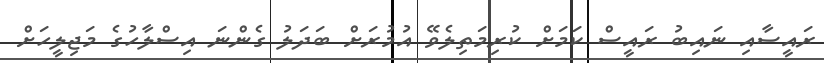
ރައީސާއި ނައިބު ރައީސް ކަމަށް ކުރިމަތިލެވޭ އުމުރަށް ބަދަލު ގެންނަ އިސްލާހުގެ މަޖިލީހަށް